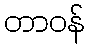
တာဝန်